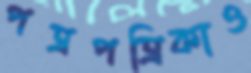
পত্রপত্রিকাও